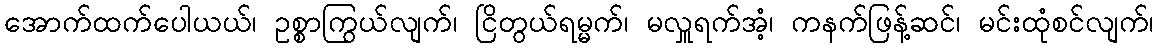
အောက်ထက်ပေါယယ်၊ ဥစ္စာကြွယ်လျက်၊ ငြိတွယ်ရမ္မက်၊ မလှူရက်အံ့၊ ကနက်ဖြန့်ဆင်၊ မင်းထုံစင်လျက်၊